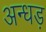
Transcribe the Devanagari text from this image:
अन्धड़